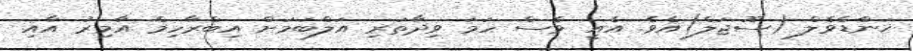
ޚަންޑެވެލް (ސޫޖަލް)އެވެ. އެއީ ވެސް ހަމަ ވިދާތަރި އަލްބަމަށް އިބްރާހިމް އާމިރު އާއި